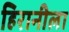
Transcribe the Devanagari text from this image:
हिरानीला